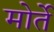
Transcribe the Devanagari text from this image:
मोर्ते